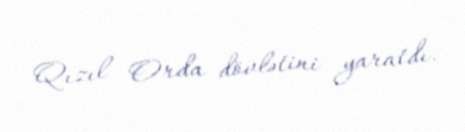
Qızıl Orda dövlətini yaratdı.